Rangoon Lunatic Asylum 1898-1906 - 1898-1906
Year: 1898
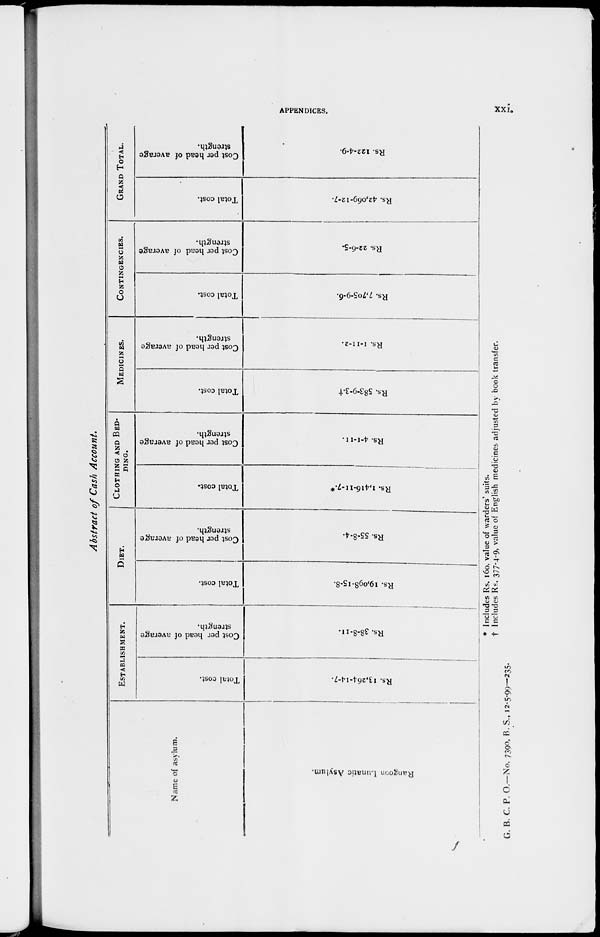
APPENDICES.
xxi.
Abstract of Cash Account.
Name of asylum.
Rangoon Lunatic Asylum.
ESTABLISHMENT.
Total cost.
Rs. 13,264-14-7.
Cost per head of average
strength.
Rs. 38-8-11.
DIET.
Total cost.
Rs. 19,098-15-8.
Cost per head of average
strength.
Rs. 55-8-4.
CLOTHING AND BED-
----.
Total cost.
Rs. 1,416-11-7.*
Cost per head of average
strength.
Rs. 4-1-11.
MEDICINES.
Total cost.
Rs. 583-9-3.†
Cost per head of average
strength.
Rs. 1-11-2.
CONTINGENCIES.
Total cost.
Rs. 7,705-9-6.
Cost per head of average
strength.
Rs. 22-6-5.
GRAND TOTAL.
Total cost.
Rs. 42,069-12-7.
Cost per head of average
strength.
Rs. 122-4-9.
* Includes Rs. 160, value of warders' suits.
† Includes Rs. 377-4-9, value of English medicines adjusted by book transfer.
G. B. C. P. O.—No. 7390, B. S., 12-5-99—235.
f